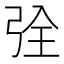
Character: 𮱶